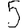
Digit: 5